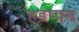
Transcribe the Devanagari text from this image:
हड़प्पन